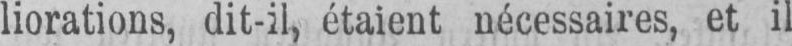
liorations, dit-il, étaient nécessaires, et il